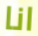
انا